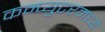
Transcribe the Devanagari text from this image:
कम्प्युटरमध्ये